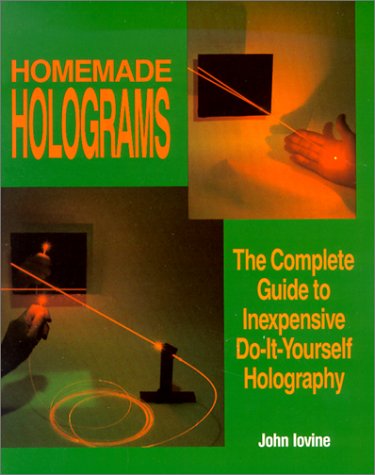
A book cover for Homemade Holograms: The Complete Guide to Inexpensive, Do-It-Yourself Holography; John Iovine; Children's Books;